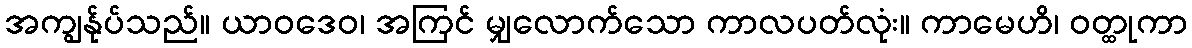
အကျွန်ုပ်သည်။ ယာဝဒေဝ၊ အကြင် မျှလောက်သော ကာလပတ်လုံး။ ကာမေဟိ၊ ဝတ္ထုကာ